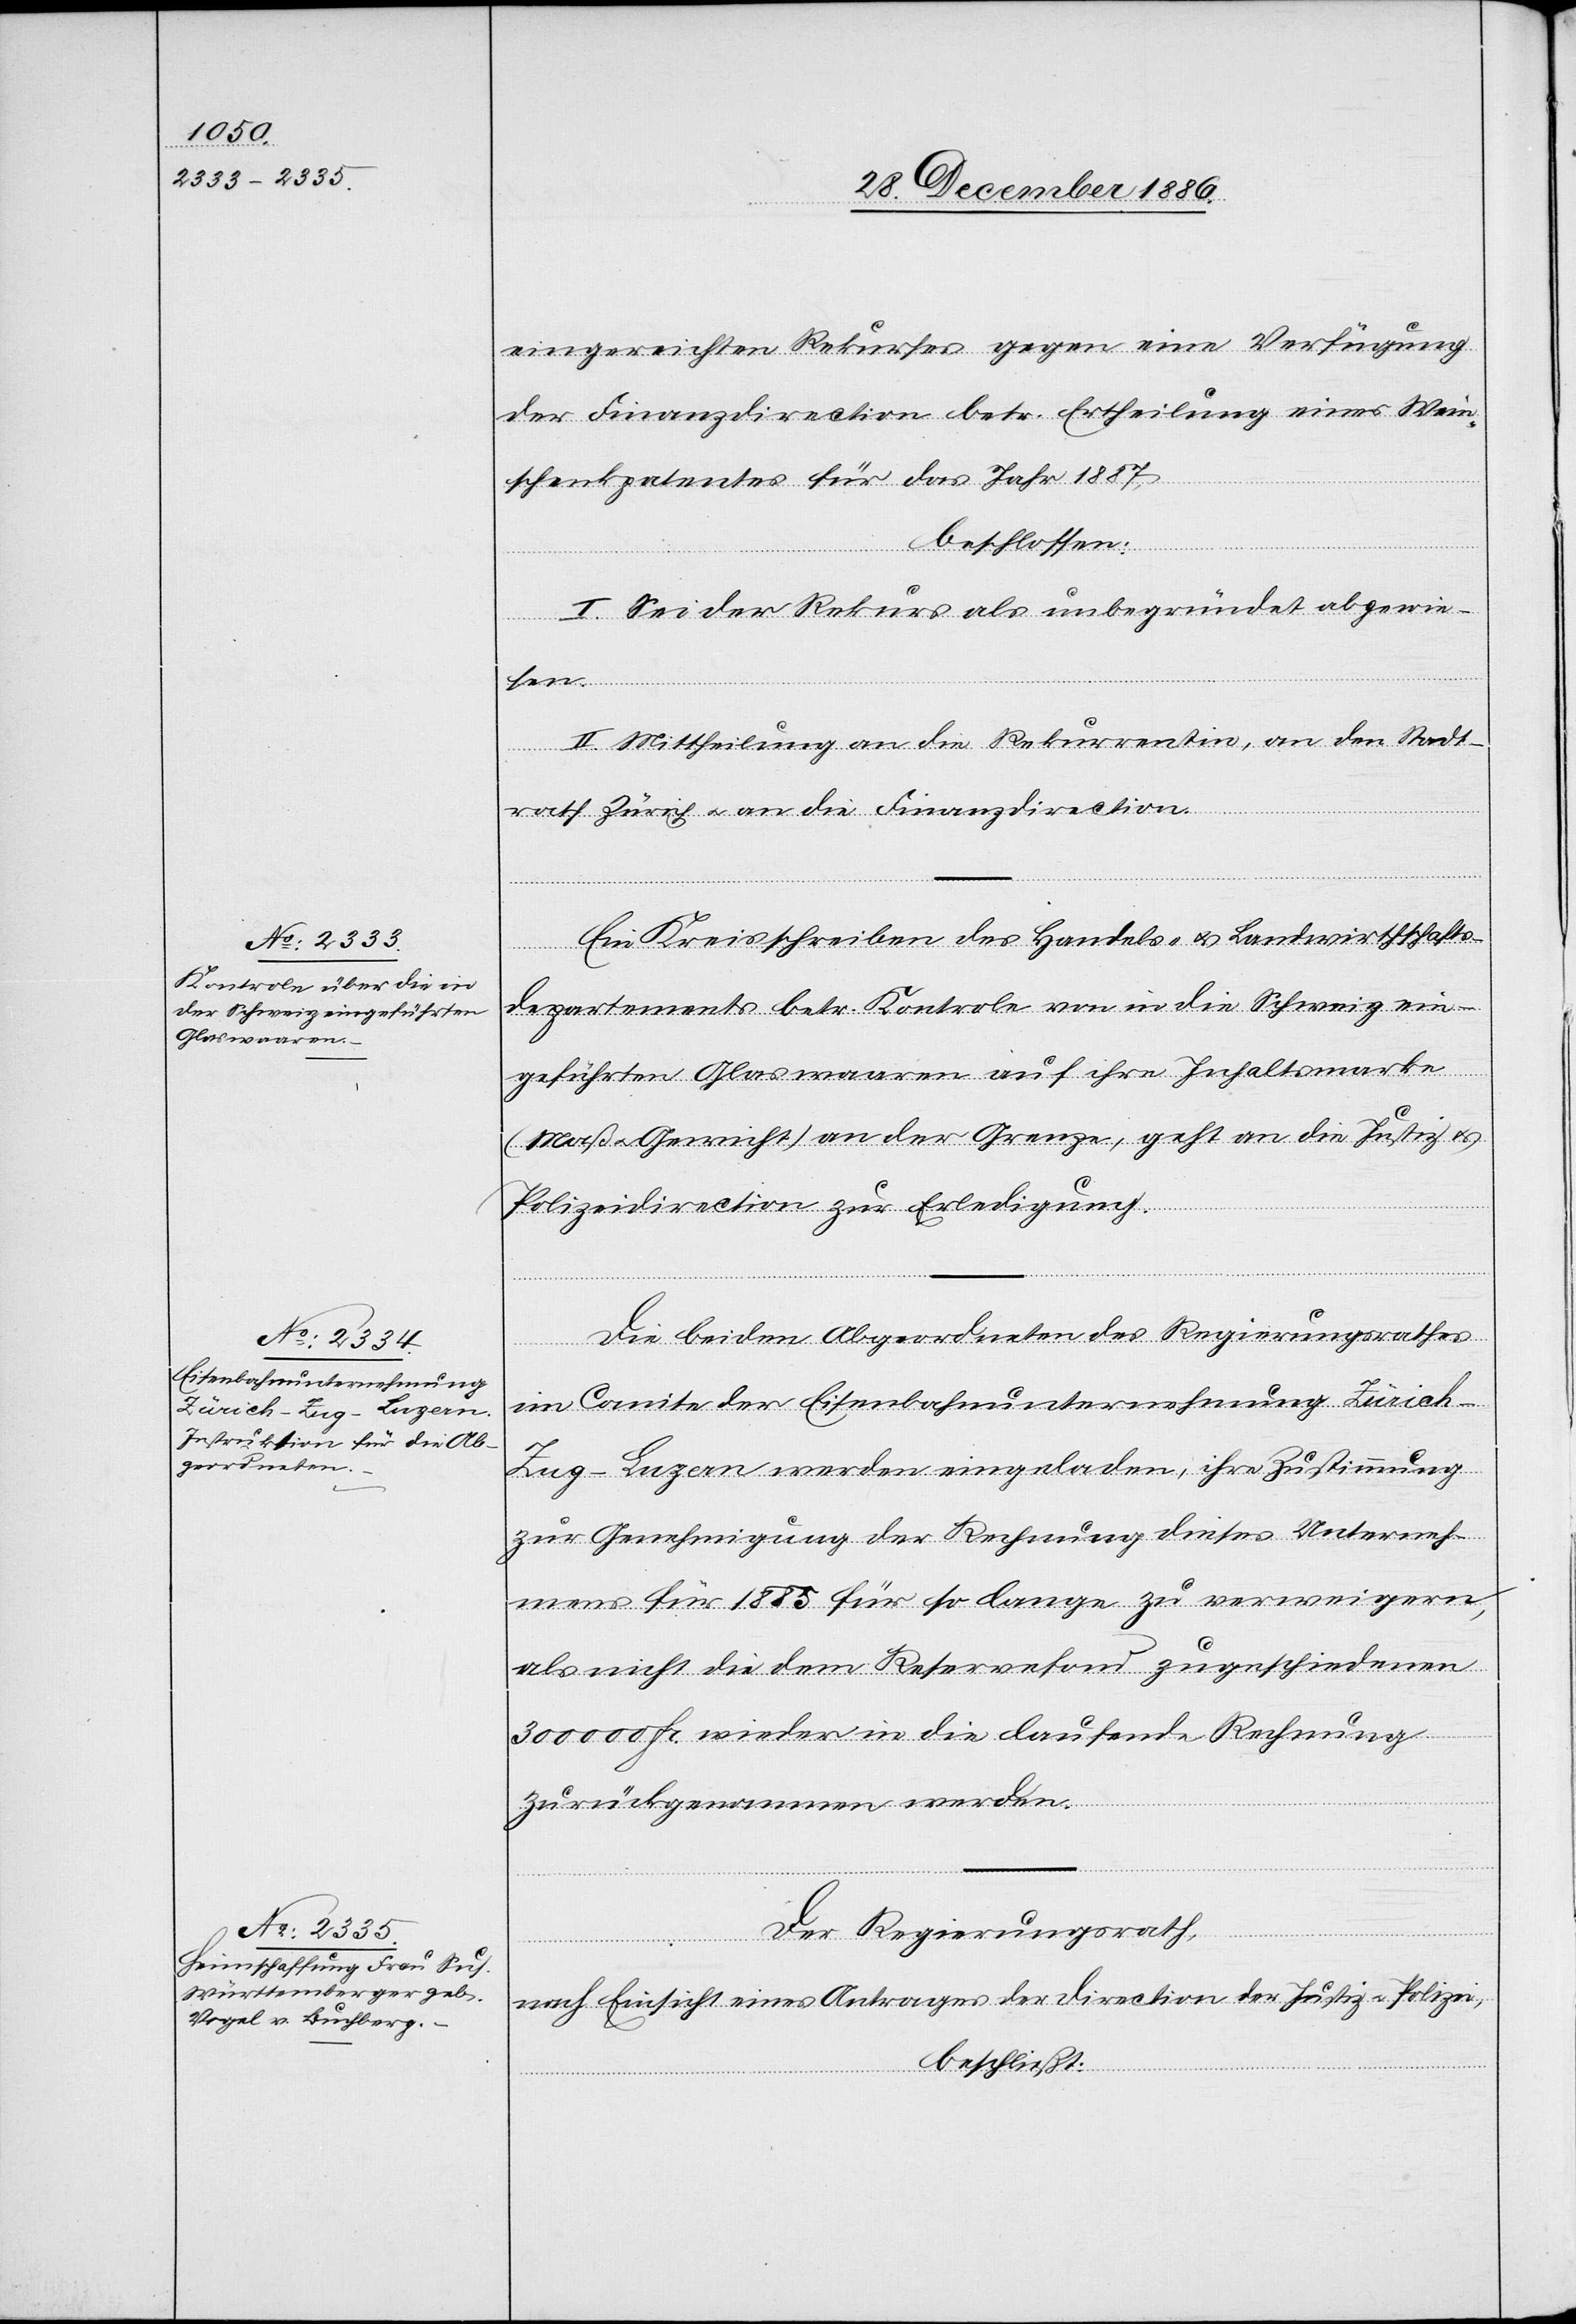
eingereichten Rekurses gegen eine Verfügung
der Finanzdirection betr. Ertheilung eines Wein¬
schenkpatentes für das Jahr 1887,
beschlossen:
I. Sei der Rekurs als unbegründet abgewie¬
sen.
II. Mittheilung an die Rekurrentin, an den Stadt¬
rath Zürich & an die Finanzdirection.
Ein Kreisschreiben des Handels- & Landwirthschafts¬
departements betr. Kontrole von in die Schweiz ein¬
geführten Glaswaaren auf ihre Inhaltsmarke
(Maß & Gewicht) an der Grenze, geht an die Justiz[-]
Polizeidirection zur Erledigung.
Die beiden Abgeordneten des Regierungsrathes
im Comite der Eisenbahnunternehmung Züric¬
h–Zug–Luzern werden eingeladen, ihre Zustimmung
zur Genehmigung der Rechnung dieses Unterneh¬
mens für 1885 für so lange zu verweigern,
als nicht die dem Reservefond zugeschiedenen
300 000 Fr. wieder in die laufende Rechnung
zurückgenommen werden.
Der Regierungsrath,
nach Einsicht eines Antrages der Direction der Justiz & Polizei,
beschließt: